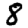
Digit: 8